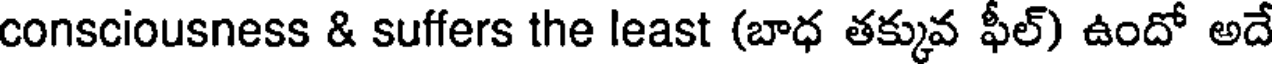
consciousness & suffers the least (బాధ తక్కువ ఫీల్) ఉందో అదే